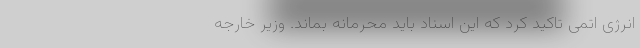
انرژی اتمی تاکید کرد که این اسناد باید محرمانه بماند. وزیر خارجه